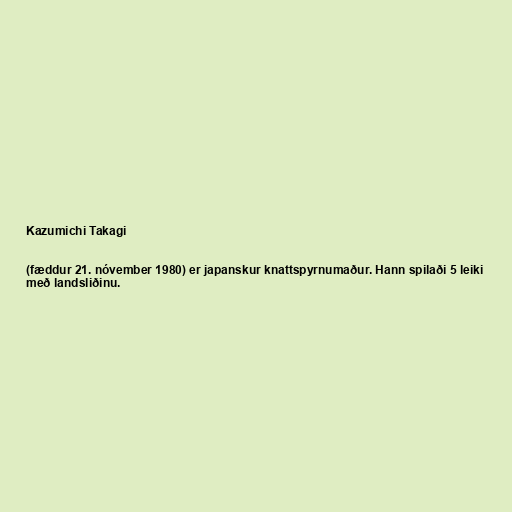
Kazumichi Takagi

(fæddur 21. nóvember 1980) er japanskur knattspyrnumaður. Hann spilaði 5 leiki
með landsliðinu.